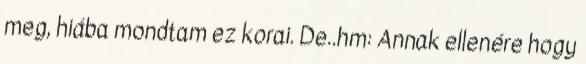
meg, hiába mondtam ez korai. De..hm: Annak ellenére hogy